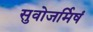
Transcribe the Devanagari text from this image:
सुवोजर्मिषं